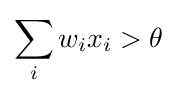
\sum _{i}w_{i}x_{i}>\theta